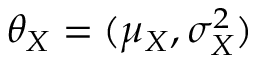
\theta _ { X } = ( \mu _ { X } , \sigma _ { X } ^ { 2 } )